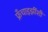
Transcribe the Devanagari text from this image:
फ्रँचाइझींशी